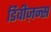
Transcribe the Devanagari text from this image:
डिवीज़न्स